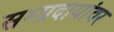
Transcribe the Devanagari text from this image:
सम्प्रदायांवर